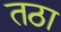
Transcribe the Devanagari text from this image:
तठा